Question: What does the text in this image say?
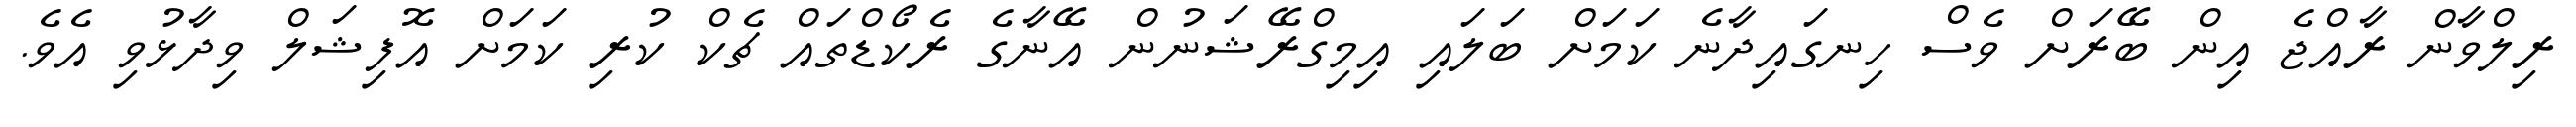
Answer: ރިލްވާން ރާއްޖެ އިން ބޭރަށް ވެސް ހިނގައިދާނެ ކަމަށް ބަލައި އިމިގްރޭޝަނުން އޭނާގެ ރެކޯޑްތައް ޗެކް ކުރި ކަމަށް އޮފިޝަލް ވިދާޅުވި އެވެ.